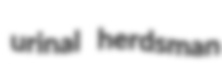
urinal herdsman